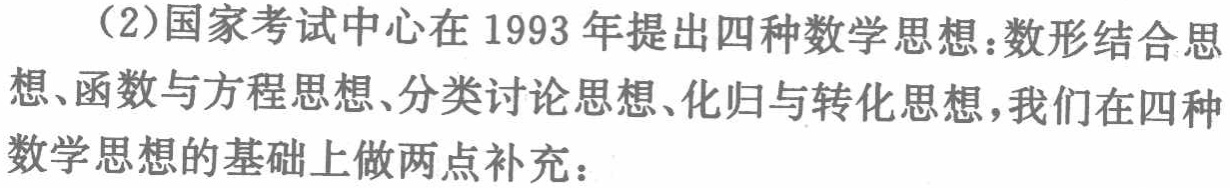
（2）国家考试中心在1993年提出四种数学思想：数形结合思想、函数与方程思想、分类讨论思想、化归与转化思想，我们在四种数学思想的基础上做两点补充：